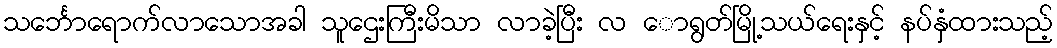
သင်္ဘောရောက်လာသောအခါ သူဌေးကြီးမိသာ လာခဲ့ပြီး လ ောရွတ်မြို့သယ်ရေးနှင့် နပ်နှံထားသည့်